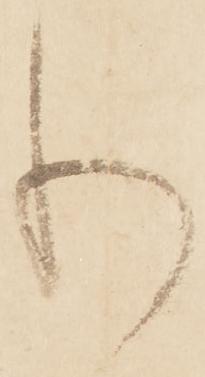
り